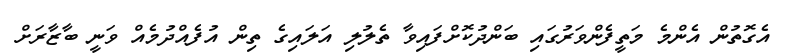
އެގޮތުން އެންމެ މަތީފެންވަރުގައި ބަންދުކޮށްފައިވާ ތެލުލި އަލައިގެ ތިން އުފެއްދުމެއް ވަނީ ބާޒާރަށް